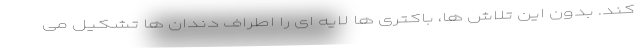
کند. بدون این تلاش ها، باکتری ها لایه ای را اطراف دندان ها تشکیل می